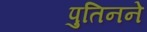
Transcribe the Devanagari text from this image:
पुतिनने